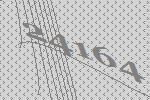
24164